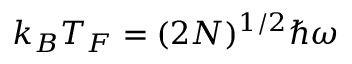
k _ { B } T _ { F } = ( 2 N ) ^ { 1 / 2 } \hbar \omega